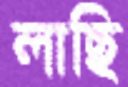
লাছি